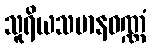
သူရိယသမာနဝဏ္ဏံ